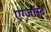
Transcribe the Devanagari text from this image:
एग्ज़ॉस्ट